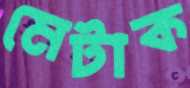
মেটাক